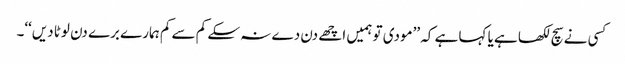
کسی نے سچ لکھا ہے یا کہا ہے کہ ’’مودی تو ہمیں اچھے دن دے نہ سکے کم سے کم ہمارے برے دن لوٹا دیں‘‘۔